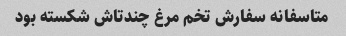
متاسفانه سفارش تخم مرغ چندتاش شکسته بود